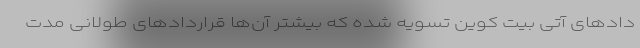
داد‌های آتی بیت کوین تسویه شده که بیشتر آن‌ها قرارداد‌های طولانی مدت